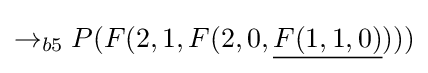
\rightarrow _{b5}P(F(2,1,F(2,0,{\underline {F(1,1,0)}})))